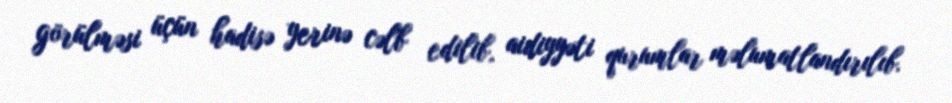
görülməsi üçün hadisə yerinə cəlb edilib, aidiyyəti qurumlar məlumatlandırılıb.